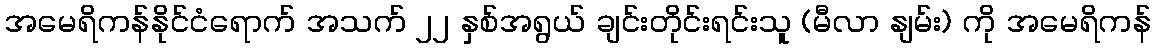
အမေရိကန်နိုင်ငံရောက် အသက် ၂၂ နှစ်အရွယ် ချင်းတိုင်းရင်းသူ (မီလာ နျမ်း) ကို အမေရိကန်